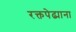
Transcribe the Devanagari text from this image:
रक्तपेढ्याना